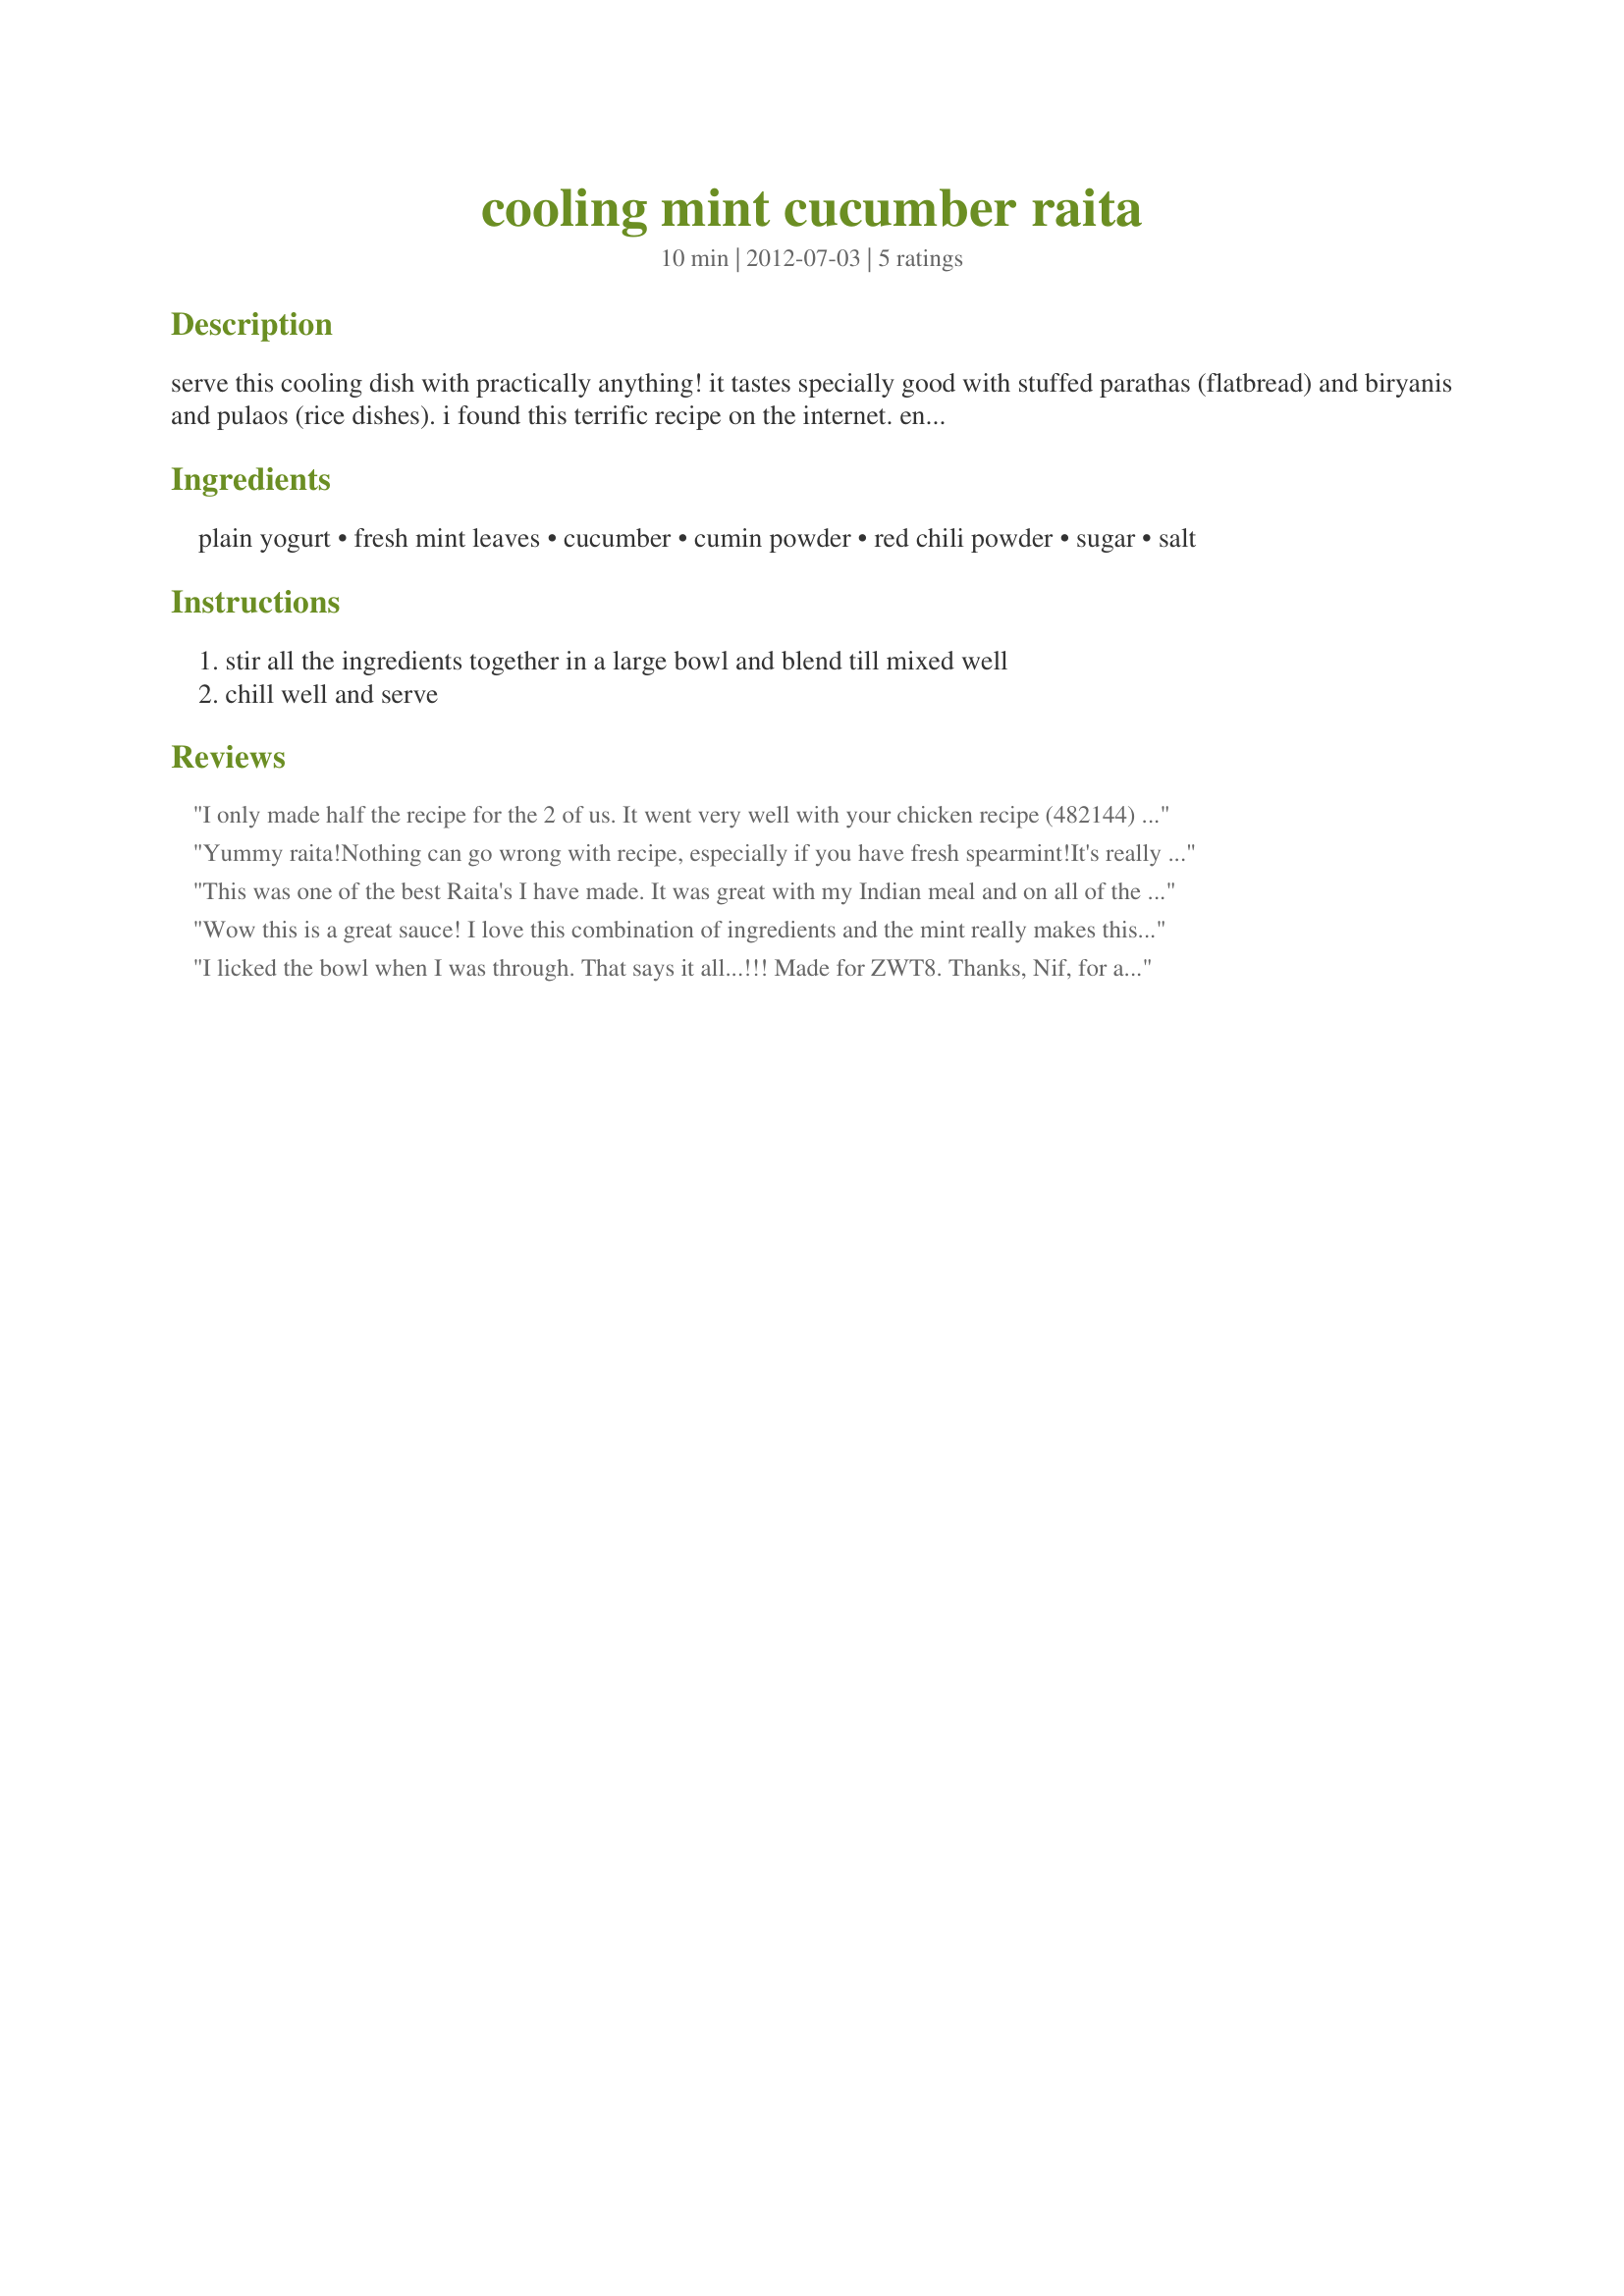
cooling mint cucumber raita
Preparation time: 10 minutes

serve this cooling dish with practically anything! it tastes specially good with stuffed parathas (flatbread) and biryanis and pulaos (rice dishes). i found this terrific recipe on the internet. enjoy!

Ingredients:
plain yogurt, fresh mint leaves, cucumber, cumin powder, red chili powder, sugar, salt

Steps:
stir all the ingredients together in a large bowl and blend till mixed well, chill well and serve

Reviews:
I only made half the recipe for the 2 of us. It went very well with your chicken recipe (482144) and garlic rice. We thoroughly enjoyed this fine meal. Thanks for sharing. Made for ZWT 8.
Yummy raita!<br/>Nothing can go wrong with recipe, especially if you have fresh spearmint!<br/>It's really refreshing and goes well with hot curries! And it's healthy as well!<br/>I can recommend this recipe.<br/>Best make it pretty topping it with ground cumin, chili and mint!
This was one of the best Raita's I have made. It was great with my Indian meal and on all of the things you mentioned. A winner of a recipe. Made for CQ4
Wow this is a great sauce! I love this combination of ingredients and the mint really makes this. Served with your recipe #482144 and it was the perfect complement - thanks for sharing the recipe! Made for ZWT8, Chefs gone WILD!
I licked the bowl when I was through. That says it all...!!! Made for ZWT8. Thanks, Nif, for another great recipe!
